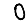
Digit: 0